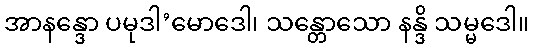
အာနန္ဒော ပမုဒါ’မောဒေါ၊ သန္တောသော နန္ဒိ သမ္မဒေါ။